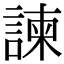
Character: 諫